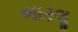
ભારલૢ